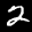
Label: 2